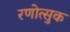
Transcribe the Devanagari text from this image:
रणोत्सुक